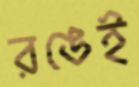
রঙেই